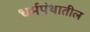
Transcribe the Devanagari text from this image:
धर्मपंथातील